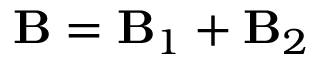
{ \bf B } = { \bf B } _ { 1 } + { \bf B } _ { 2 }